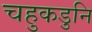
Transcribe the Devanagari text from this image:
चहुकडुनि